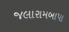
જલારામબાપા